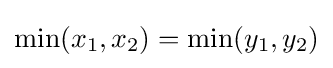
\min(x_{1},x_{2})=\min(y_{1},y_{2})